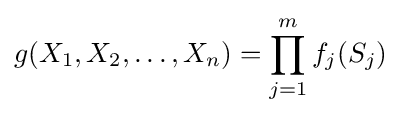
g(X_{1},X_{2},\dots ,X_{n})=\prod _{j=1}^{m}f_{j}(S_{j})